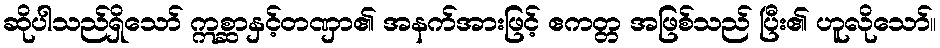
ဆိုပါသည်ရှိသော် ဣစ္ဆာနှင့်တဏှာ၏ အနက်အားဖြင့် ဧကတ္တ အဖြစ်သည် ပြီး၏ ဟူလိုသော်။